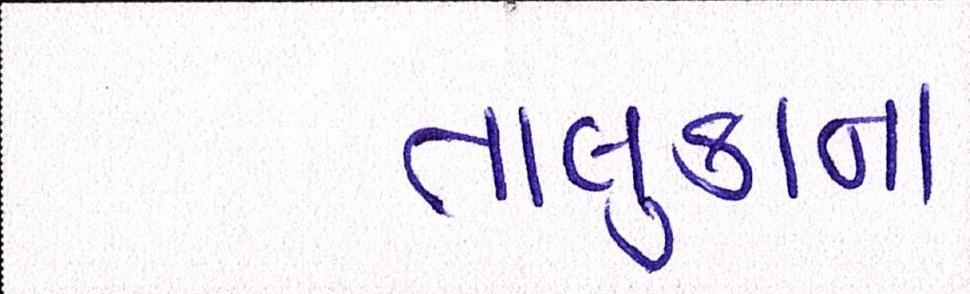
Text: તાલુકાના